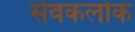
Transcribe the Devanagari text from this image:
सेवकलोक